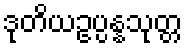
ဒုတိယဥပ္ပန္နသုတ္တ